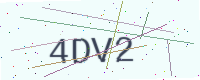
Text: 4DV2